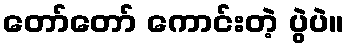
တော်တော် ကောင်းတဲ့ ပွဲပဲ။